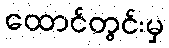
ထောင်တွင်းမှ